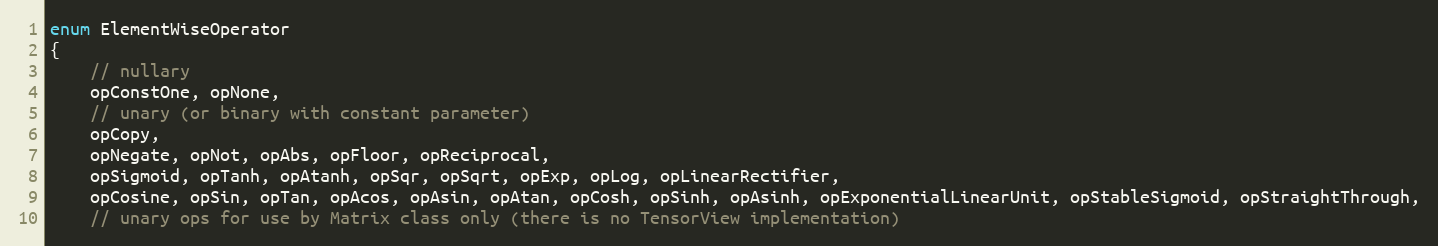
Language: C
enum ElementWiseOperator
{
    // nullary
    opConstOne, opNone,
    // unary (or binary with constant parameter)
    opCopy,
    opNegate, opNot, opAbs, opFloor, opReciprocal,
    opSigmoid, opTanh, opAtanh, opSqr, opSqrt, opExp, opLog, opLinearRectifier,
    opCosine, opSin, opTan, opAcos, opAsin, opAtan, opCosh, opSinh, opAsinh, opExponentialLinearUnit, opStableSigmoid, opStraightThrough,
    // unary ops for use by Matrix class only (there is no TensorView implementation)